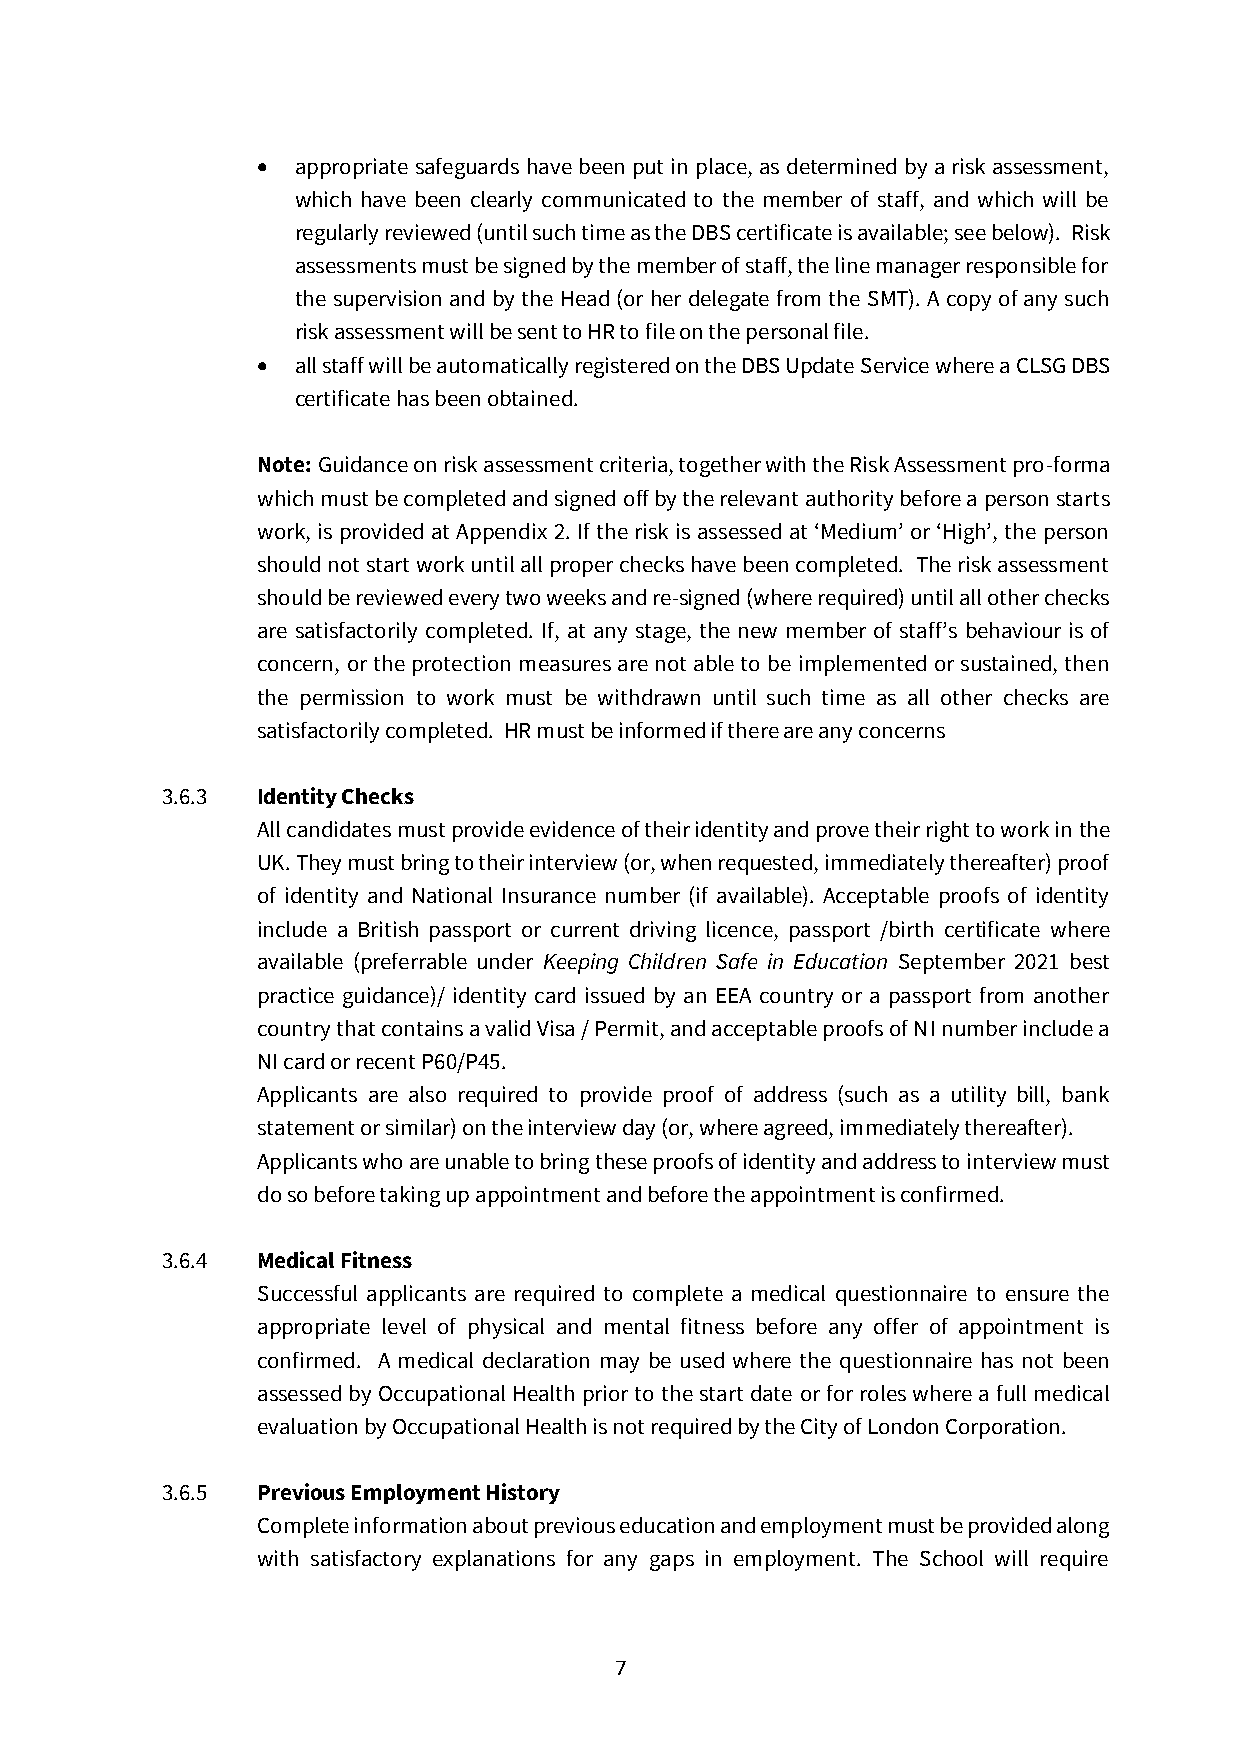
• appropriate safeguards have been put in place, as determined by a risk assessment,
 which have been clearly communicated to the member of staff, and which will be
 regularly reviewed (until such time as the DBS certificate is available; see below). Risk
 assessments must be signed by the member of staff, the line manager responsible for
 the supervision and by the Head (or her delegate from the SMT). A copy of any such
 risk assessment will be sent to HR to file on the personal file.
 • all staff will be automatically registered on the DBS Update Service where a CLSG DBS
 certificate has been obtained.
 Note: Guidance on risk assessment criteria, together with the Risk Assessment pro-forma
 which must be completed and signed off by the relevant authority before a person starts
 work, is provided at Appendix 2. If the risk is assessed at ‘Medium’ or ‘High’, the person
 should not start work until all proper checks have been completed. The risk assessment
 should be reviewed every two weeks and re-signed (where required) until all other checks
 are satisfactorily completed. If, at any stage, the new member of staff’s behaviour is of
 concern, or the protection measures are not able to be implemented or sustained, then
 the permission to work must be withdrawn until such time as all other checks are
 satisfactorily completed. HR must be informed if there are any concerns
 3.6.3 Identity Checks
 All candidates must provide evidence of their identity and prove their right to work in the
 UK. They must bring to their interview (or, when requested, immediately thereafter) proof
 of identity and National Insurance number (if available). Acceptable proofs of identity
 include a British passport or current driving licence, passport /birth certificate where
 available (preferrable under Keeping Children Safe in Education September 2021 best
 practice guidance)/ identity card issued by an EEA country or a passport from another
 country that contains a valid Visa / Permit, and acceptable proofs of NI number include a
 NI card or recent P60/P45.
 Applicants are also required to provide proof of address (such as a utility bill, bank
 statement or similar) on the interview day (or, where agreed, immediately thereafter).
 Applicants who are unable to bring these proofs of identity and address to interview must
 do so before taking up appointment and before the appointment is confirmed.
 3.6.4 Medical Fitness
 Successful applicants are required to complete a medical questionnaire to ensure the
 appropriate level of physical and mental fitness before any offer of appointment is
 confirmed. A medical declaration may be used where the questionnaire has not been
 assessed by Occupational Health prior to the start date or for roles where a full medical
 evaluation by Occupational Health is not required by the City of London Corporation.
 3.6.5 Previous Employment History
 Complete information about previous education and employment must be provided along
 with satisfactory explanations for any gaps in employment. The School will require
 7